Report on vaccination in the Province of Bengal - 1869-1873
Year: 1869
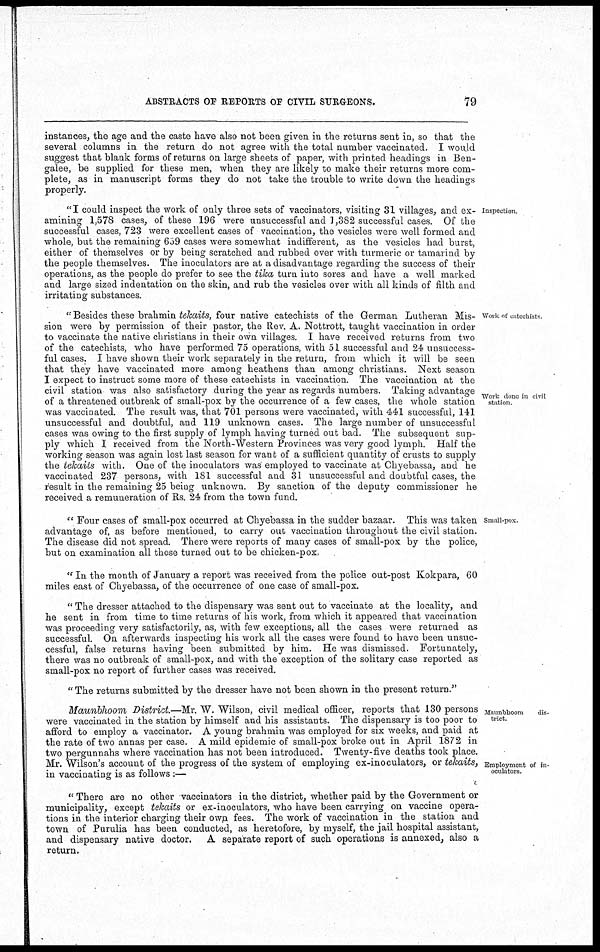
ABSTRACTS OF REPORTS OF CIVIL SURGEONS.
79
instances, the age and the caste have also not been given in the returns sent in, so that the
several columns in the return do not agree with the total number vaccinated. I would
suggest that blank forms of returns on large sheets of paper, with printed headings in Ben-
galee, be supplied for these men, when they are likely to make their returns more com-
plete, as in manuscript forms they do not take the trouble to write down the headings
properly.
Inspection
"I could inspect the work of only three sets of vaccinators, visiting 31 villages, and ex-
amining 1,578 cases, of these 196 were unsuccessful and 1,382 successful cases. Of the
successful cases, 723 were excellent cases of vaccination, the vesicles were well formed and
whole, but the remaining 659 cases were somewhat indifferent, as the vesicles had burst,
either of themselves or by being scratched and rubbed over with turmeric or tamarind by
the people themselves. The inoculators are at a disadvantage regarding the success of their
operations, as the people do prefer to see the tika turn into sores and have a well marked
and large sized indentation on the skin, and rub the vesicles over with all kinds of filth and
irritating substances.
Work of catechists
Work done in civil
station.
" Besides these brahmin tekaits, four native catechists of the German Lutheran Mis-
sion were by permission of their pastor, the Rev. A. Nottrott, taught vaccination in order
to vaccinate the native christians in their own villages. I have received returns from two
of the catechists, who have performed 75 operations, with 51 successful and 24 unsuccess-
ful cases. I have shown their work separately in the return, from which it will be seen
that they have vaccinated more among heathens than among christians. Next season
I expect to instruct some more of these catechists in vaccination. The vaccination at the
civil station was also satisfactory during the year as regards numbers. Taking advantage
of a threatened outbreak of small-pox by the occurrence of a few cases, the whole station
was vaccinated. The result was, that 701 persons were vaccinated, with 441 successful, 141
unsuccessful and doubtful, and 119 unknown cases. The large number of unsuccessful
cases was owing to the first supply of lymph having turned out bad. The subsequent sup-
ply which I received from the North-Western Provinces was very good lymph. Half the
working season was again lost last season for want of a sufficient quantity of crusts to supply
the tekaits with. One of the inoculators was employed to vaccinate at Chyebassa, and he
vaccinated 237 persons, with 181 successful and 31 unsuccessful and doubtful cases, the
result in the remaining 25 being unknown. By sanction of the deputy commissioner he
received a remuneration of Rs. 24 from the town fund.
Small-pox
" Four cases of small-pox occurred at Chyebassa in the sudder bazaar. This was taken
advantage of, as before mentioned, to carry out vaccination throughout the civil station.
The disease did not spread. There were reports of many cases of small-pox by the police,
but on examination all these turned out to be chicken-pox.
" In the month of January a report was received from the police out-post Kokpara, 60
miles east of Chyebassa, of the occurrence of one case of small-pox.
" The dresser attached to the dispensary was sent out to vaccinate at the locality, and
he sent in from time to time returns of his work, from which it appeared that vaccination
was proceeding very satisfactorily, as, with few exceptions, all the cases were returned as
successful. On afterwards inspecting his work all the cases were found to have been unsuc-
cessful, false returns having been submitted by him. He was dismissed. Fortunately,
there was no outbreak of small-pox, and with the exception of the solitary case reported as
small-pox no report of further cases was received.
" The returns submitted by the dresser have not been shown in the present return."
Maunbboom
dis-
trict.
Employment of in-
oculators.
Maunbhoom District.—Mr. W. Wilson, civil medical officer, reports that 130 persons
were vaccinated in the station by himself and his assistants. The dispensary is too poor to
afford to employ a vaccinator. A young brahmin was employed for six weeks, and paid at
the rate of two annas per case. A mild epidemic of small-pox broke out in April 1872 in
two pergunnahs where vaccination has not been introduced. Twenty-five deaths took place.
Mr. Wilson's account of the progress of the system of employing ex-inoculators, or tekaits,
in vaccinating is as follows:—
" There are no other vaccinators in the district, whether paid by the Government or
municipality, except tekaits or ex-inoculators, who have been carrying on vaccine opera-
tions in the interior charging their own fees. The work of vaccination in the station and
town of Purulia has been conducted, as heretofore, by myself, the jail hospital assistant,
and dispensary native doctor. A separate report of such operations is annexed, also a
return.